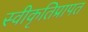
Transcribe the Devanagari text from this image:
स्वीकृतिप्रापत